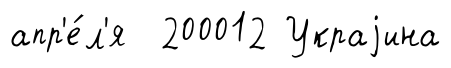
апр'е́л'я 200012 Украjина